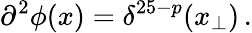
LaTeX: \partial^{2}\phi(x)=\delta^{25-p}(x_{\bot})\, .